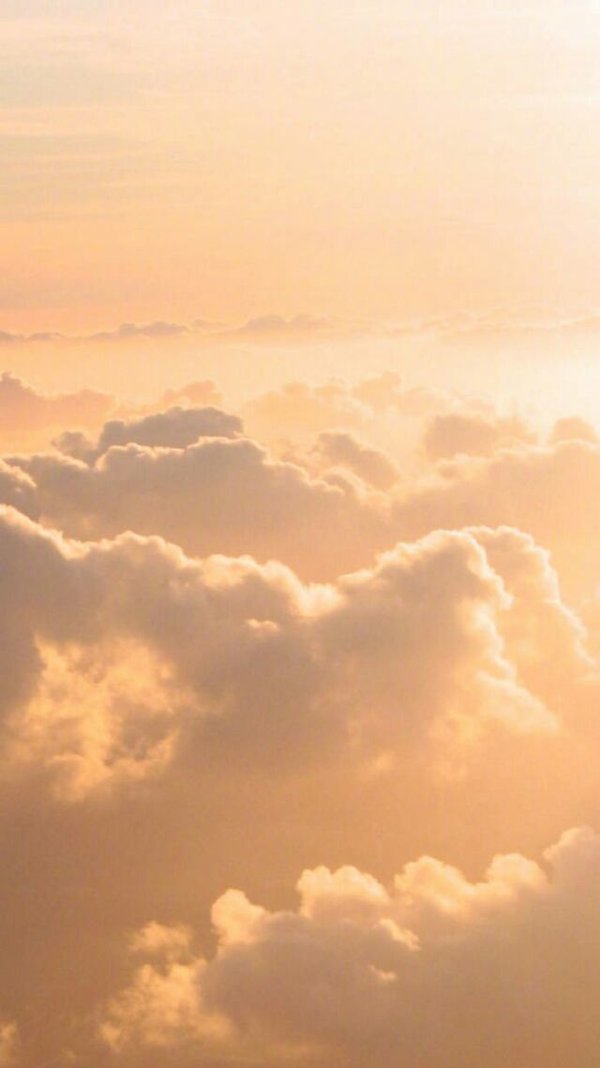
日出扶桑一丈高，人间万事细如毛。